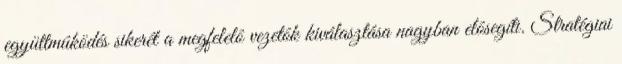
együttmûködés sikerét a megfelelô vezetôk kiválasztása nagyban elôsegíti. Stratégiai